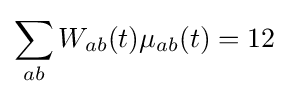
\sum _{ab}W_{ab}(t)\mu _{ab}(t)=12